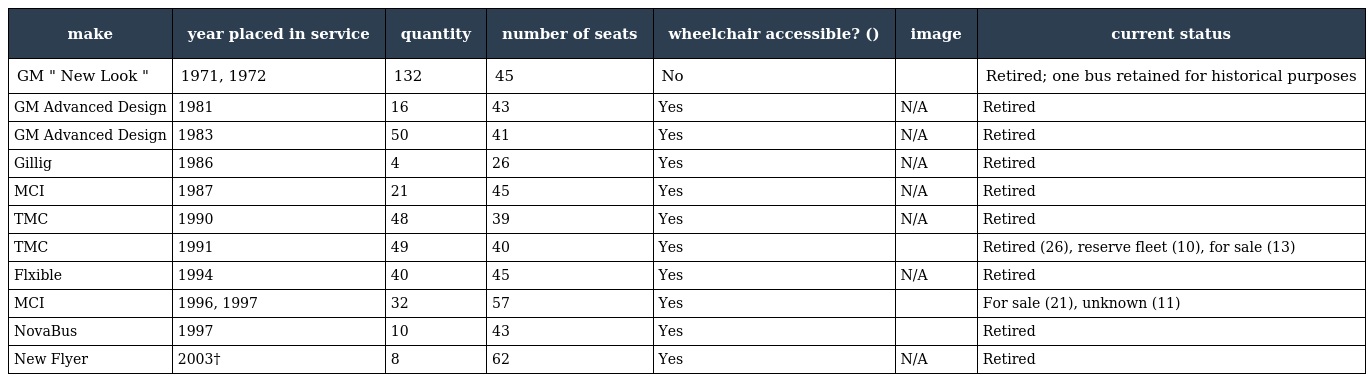
| make | year placed in service | quantity | number of seats | wheelchair accessible? () | image | current status |
 | --- | --- | --- | --- | --- | --- | --- |
 | GM " New Look " | 1971, 1972 | 132 | 45 | No |  | Retired; one bus retained for historical purposes |
 | GM Advanced Design | 1981 | 16 | 43 | Yes | N/A | Retired |
 | GM Advanced Design | 1983 | 50 | 41 | Yes | N/A | Retired |
 | Gillig | 1986 | 4 | 26 | Yes | N/A | Retired |
 | MCI | 1987 | 21 | 45 | Yes | N/A | Retired |
 | TMC | 1990 | 48 | 39 | Yes | N/A | Retired |
 | TMC | 1991 | 49 | 40 | Yes |  | Retired (26), reserve fleet (10), for sale (13) |
 | Flxible | 1994 | 40 | 45 | Yes | N/A | Retired |
 | MCI | 1996, 1997 | 32 | 57 | Yes |  | For sale (21), unknown (11) |
 | NovaBus | 1997 | 10 | 43 | Yes |  | Retired |
 | New Flyer | 2003† | 8 | 62 | Yes | N/A | Retired |